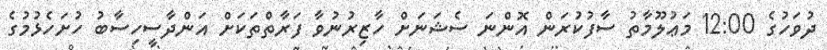
ދުވަހުގެ 12:00 މަޢުލޫމާތު ސާފުކުރަން އޮންނަ ސެޝަނަށް ހާޒިރުނުވާ ފަރާތްތަކަށް އަންދާސީހިސާބު ހުށަހެޅުމުގެ